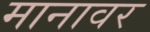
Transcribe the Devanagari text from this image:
मानावर